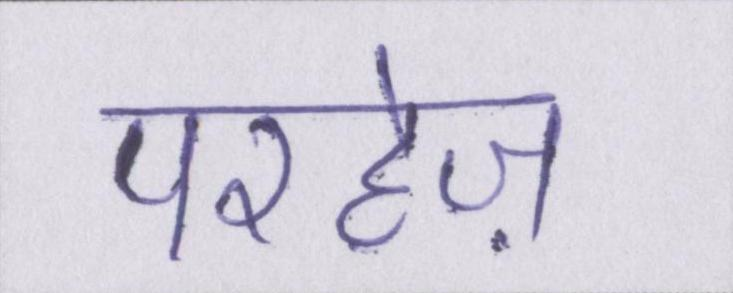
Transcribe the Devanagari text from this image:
परहेज़